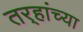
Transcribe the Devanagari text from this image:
तर्‍हांच्या